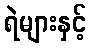
ရဲများနှင့်